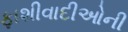
ફાશીવાદીઓની